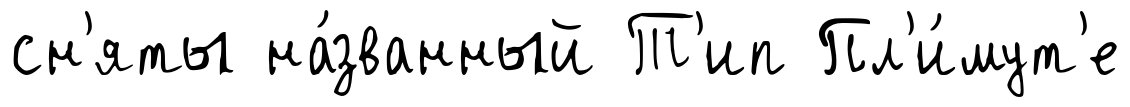
сн'яты на́званный Т'ип Пл'и́мут'е